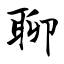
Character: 聊